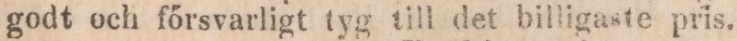
godt och főrsvarligt tyg till det billigaste pris.